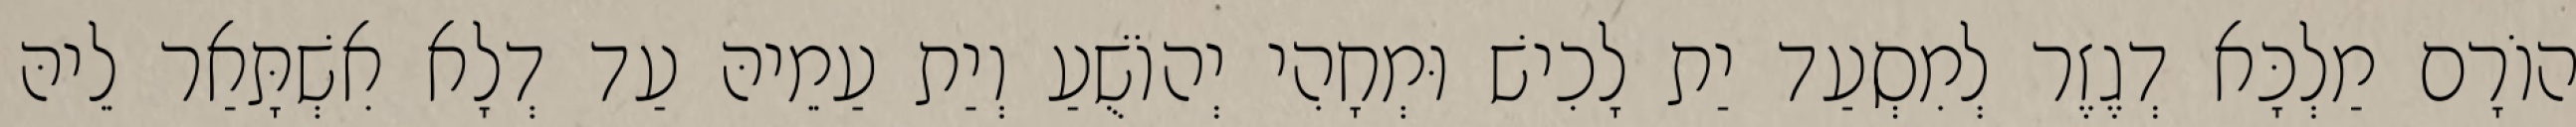
הוֹרָם מַלְכָּא דְגֶזֶר לְמִסְעַד יַת לָכִישׁ וּמְחָהִי יְהוֹשֻׁעַ וְיַת עַמֵיהּ עַד דְלָא אִשְׁתָּאַר לֵיהּ